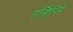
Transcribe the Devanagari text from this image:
एन्हिंगिने